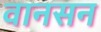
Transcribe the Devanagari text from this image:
वानसन